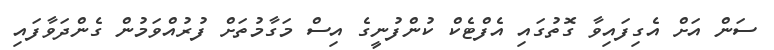
ސަން އަށް އެގިފައިވާ ގޮތުގައި އެފްޓެކް ކުންފުނީގެ އިސް މަގާމުތަށް ފުރުއްވަމުން ގެންދަވާފައި